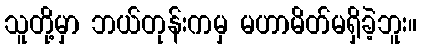
သူတို့မှာ ဘယ်တုန်းကမှ မဟာမိတ်မရှိခဲ့ဘူး။